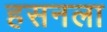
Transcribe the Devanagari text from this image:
हसनला